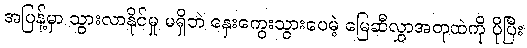
အပြန့်မှာ သွားလာနိုင်မှု မရှိဘဲ နှေးကွေးသွားပေမဲ့ မြေဆီလွှာအတုထဲကို ပိုပြီး